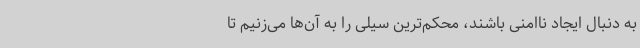
به دنبال ایجاد ناامنی باشند، محکم‌ترین سیلی را به آن‌ها می‌زنیم تا